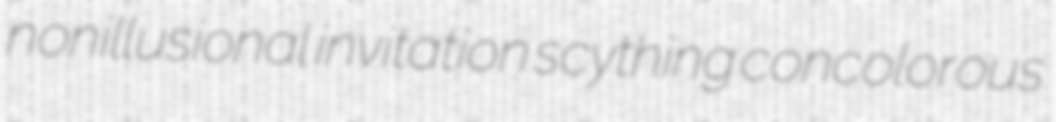
nonillusional invitation scything concolorous